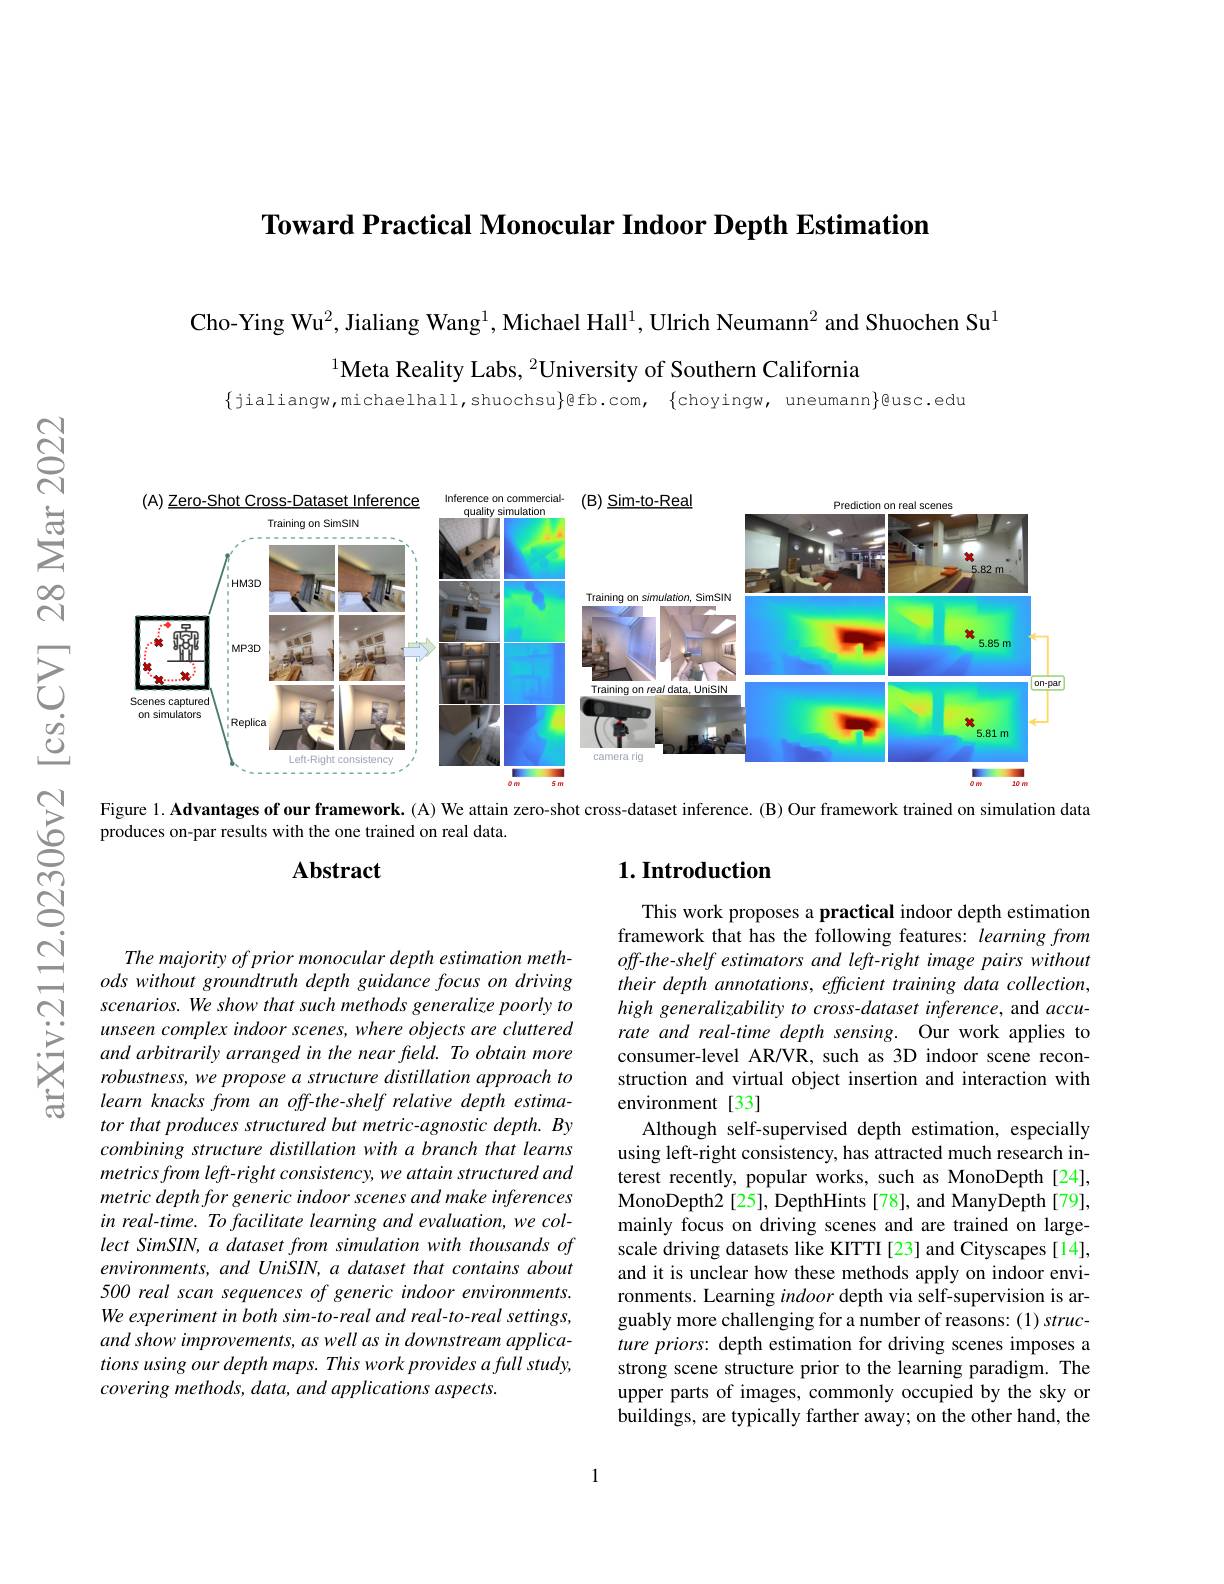
Toward Practical Monocular Indoor Depth Estimation

Cho- Ying W$u^2$, Jialiang Wan$g^1$, Michael Hal$l^1$, Ulrich Neuman$n^2$ and Shuochen S$u^1$

$^{1}$Meta Reality Labs, $^2$University of Southern California

$\{$jialiangw,michaelhall,shuochsu$\}$@fb.com, $\{$choyingw, uneumann$\}$@usc.edu

N

N

亡
<FigureHere>

Figure 1. Advantages of our framework. ( A) We attain zero-shot cross-dataset inference. ( B) Our framework trained on simulation data

produces on-par results with the one trained on real data.

$క్రే$

## $\mathbf{Abstract}$

## $1. \textbf{Introduction}$

arXiv:2112.

This work proposes a practical indoor depth estimation framework that has the following features: learning from off-the-shelf estimators and left-right image pairs without their depth annotations, efficient training data collection, high generalizability to cross-dataset inference, and accurate and real-time depth sensing. Our work applies to consumer-level AR/VR, such as 3D indoor scene reconstruction and virtual object insertion and interaction with environment[33]
Although self-supervised depth estimation, especially using left-right consistency, has attracted much research interest recently, popular works, such as MonoDepth[24], MonoDepth2[25], DepthHints[78], and ManyDepth[79], mainly focus on driving scenes and are trained on largescale driving datasets like KITTI [23] and Cityscapes [14], and it is unclear how these methods apply on indoor environments. Learning indoor depth via self-supervision is arguably more challenging for a number of reasons: (1) structure priors: depth estimation for driving scenes imposes a strong scene structure prior to the learning paradigm. The upper parts of images, commonly occupied by the sky or buildings, are typically farther away; on the other hand, the

The majority of prior monocular depth estimation methods without groundtruth depth guidance focus on driving scenarios. We show that such methods generalize poorly to unseen complex indoor scenes, where objects are cluttered and arbitrarily arranged in the near freld. To obtain more robustness, we propose a structure distillation approach to learn knacks from an off-the-shelf relative depth estimator that produces structured but metric-agnostic depth. By combining structure distillation with a branch that learns metrics from left- right consistency, we attain structured and metric depth for generic indoor scenes and make inferences in real-time. To facilitate learning and evaluation, we collect SimSIN, a dataset from simulation with thousands of environments, and UniSIN, a dataset that contains about 500 real scan sequences of generic indoor emvironments. We experiment in both sim-to-real and real-to-real settings, and show improvements, as well as in downstream applications using our depth maps. This work provides a full study, covering methods, data, and applications aspects.

1